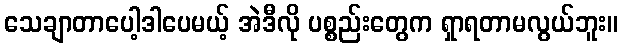
သေချာတာပေါ့ဒါပေမယ့် အဲဒီလို ပစ္စည်းတွေက ရှာရတာမလွယ်ဘူး။